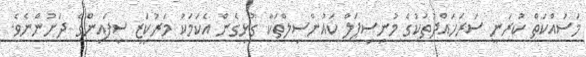
މަސައްކަތް ކުރަނީ ސަރަހައްދުތަކުގެ މުނިސިޕަލް ކައުންސިލްތަކާ ގުޅިގެން އެކަމަކު މަރުކަޒީ ސިފައިންގެ ދަށުންނެވެ.